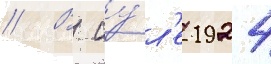
// В иу́л'е 1924